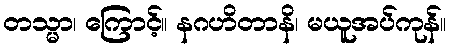
တသ္မာ၊ ကြောင့်။ နဂဟိတာနိ၊ မယူအပ်ကုန်။